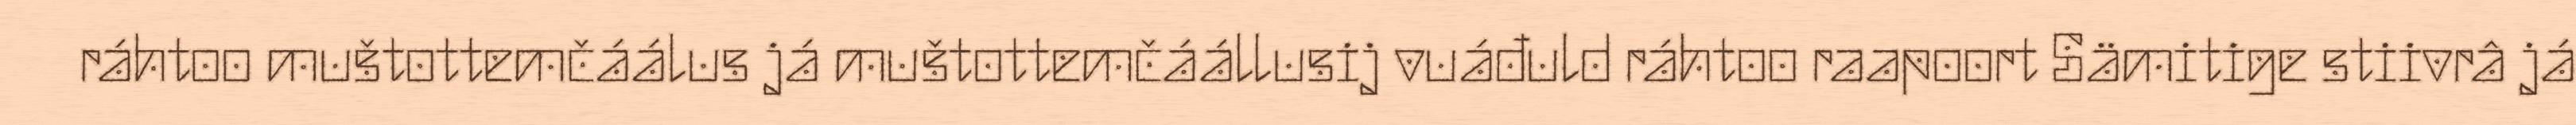
ráhtoo muštottemčáálus já muštottemčáállusij vuáđuld ráhtoo raapoort Sämitige stiivrâ já